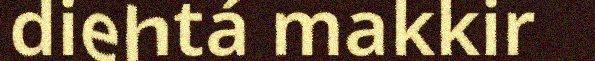
diehtá makkir